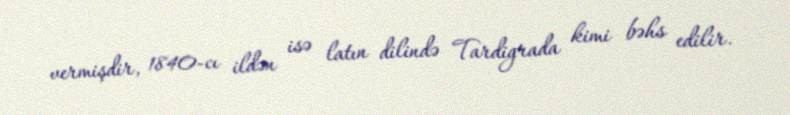
vermişdir, 1840-cı ildən isə latın dilində Tardigrada kimi bəhs edilir.